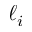
\ell _ { i }